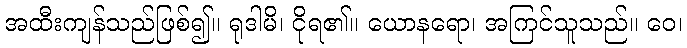
အထီးကျန်သည်ဖြစ်၍။ ရုဒါမိ၊ ငိုရ၏။ ယောနရော၊ အကြင်သူသည်။ ဝေ၊